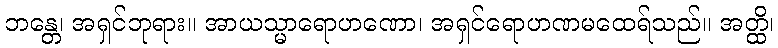
ဘန္တေ၊ အရှင်ဘုရား။ အာယသ္မာရောဟဏော၊ အရှင်ရောဟဏမထေရ်သည်။ အတ္ထိ၊